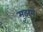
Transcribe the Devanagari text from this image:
मुझमें।